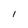
Character: l